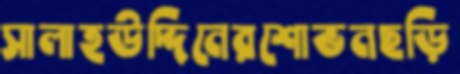
সালাহউদ্দিনেরশোভনছড়ি